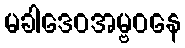
မခါဒေဝအမ္ဗဝနေ